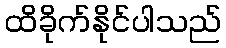
ထိခိုက်နိုင်ပါသည်